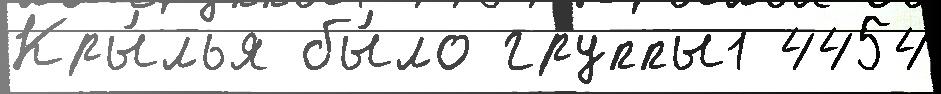
Кры́лья бы́ло группы1 4454